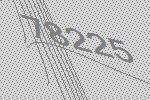
78225